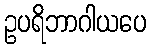
ဥပရိဘာဂါယပေ